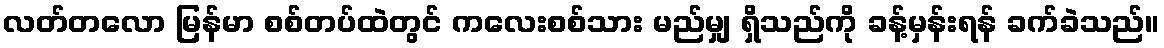
လတ်တလော မြန်မာ စစ်တပ်ထဲတွင် ကလေးစစ်သား မည်မျှ ရှိသည်ကို ခန့်မှန်းရန် ခက်ခဲသည်။